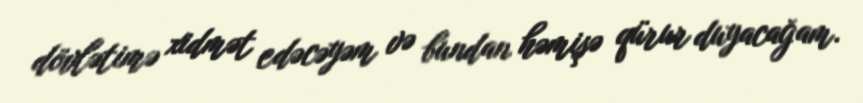
dövlətimə xidmət edəcəyəm və bundan həmişə qürur duyacağam.